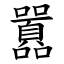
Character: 囂